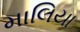
માલિયા